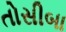
તોસીબા